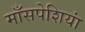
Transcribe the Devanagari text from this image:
माँसपेशियां